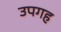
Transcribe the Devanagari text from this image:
उपगह